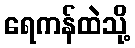
ရေကန်ထဲသို့